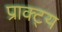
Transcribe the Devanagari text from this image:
प्राक्ट्य